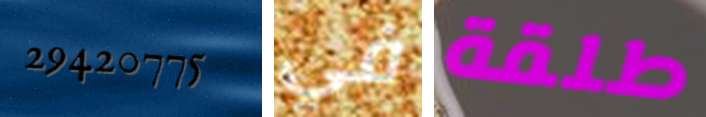
29420775 في طلقة